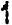
1